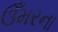
ઉઁમરના